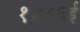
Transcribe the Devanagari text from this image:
१४८६ई